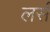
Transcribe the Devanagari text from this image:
लर्स